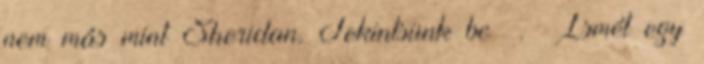
nem más mint Sheridan. Tekintsünk be . Ismét egy